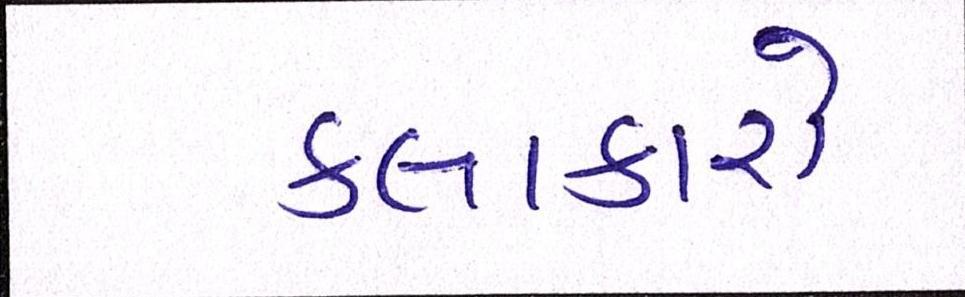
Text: કલાકારો